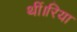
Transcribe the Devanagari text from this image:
थीं।रिया